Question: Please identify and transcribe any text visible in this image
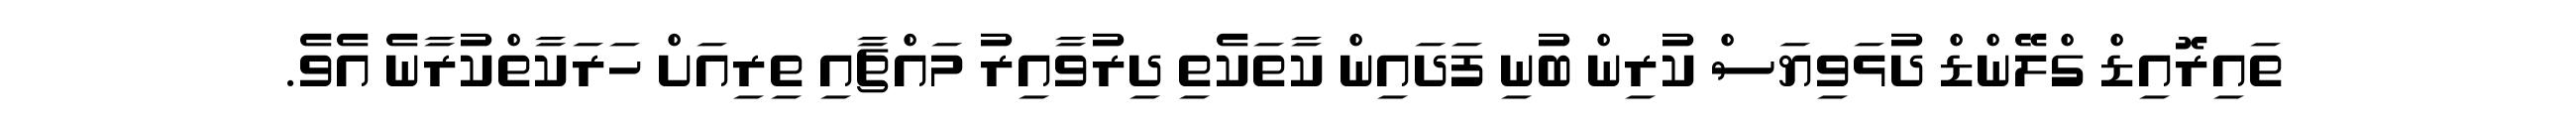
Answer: ތައިރޮއިޑް ގްލޭންޑް ދުޅަވިޔަސް ކުރިން ބުނި ފަދައިން ކާތަކެތި ދިރުވާއިރު މައްޗާއި ތިރިއަށް ހަރަކާތްކުރާނެ އެވެ.